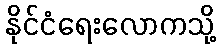
နိုင်ငံရေးလောကသို့